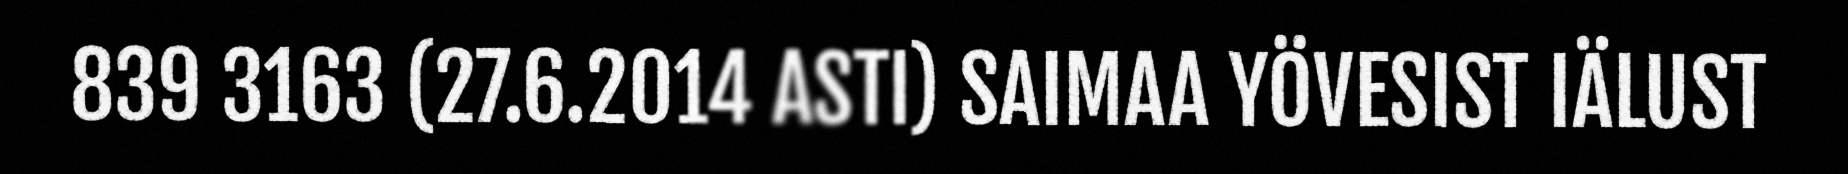
839 3163 (27.6.2014 ASTI) SAIMAA YÖVESIST IÄLUST